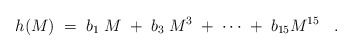
\begin{align*} h(M) \;=\; b_1 \; M \;+\; b_3 \; M^3 \; + \; \cdots \;+\; b_{15} M^{15} \;\;\;.\end{align*}